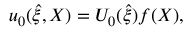
u _ { 0 } ( \hat { \xi } , X ) = U _ { 0 } ( \hat { \xi } ) f ( X ) ,